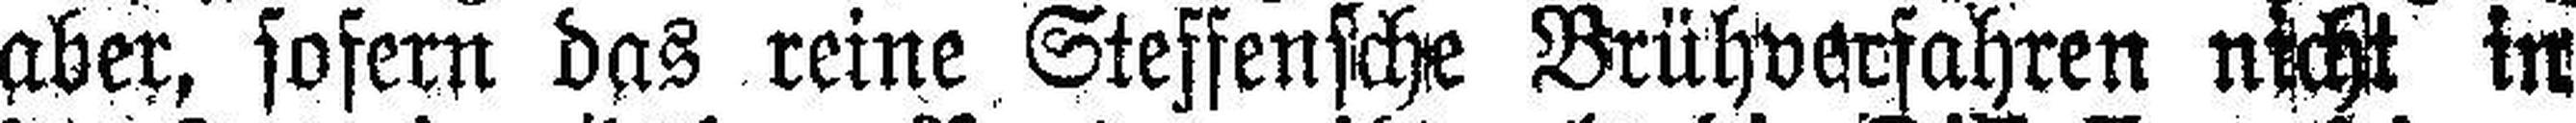
aber, sofern das reine Steffensche Brühverfahren nich in